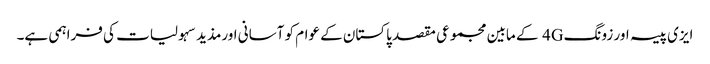
ایزی پیسہ اور زونگ 4G کے مابین مجموعی مقصد پاکستان کے عوام کو آسانی اورمذید سہولیات کی فراہمی ہے۔